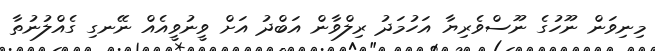
މިނިވަން ނޫހުގެ ނޫސްވެރިޔާ އަހުމަދު ރިލްވާން އަބްދު އަށް ވީނުވީއެއް ނޭނގި ގެއްލުނުތާ